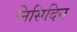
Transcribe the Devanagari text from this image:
निसिदिन